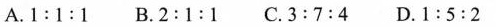
A.1:1:1 B.2:1:1 C.3:7:4 D.1:5:2